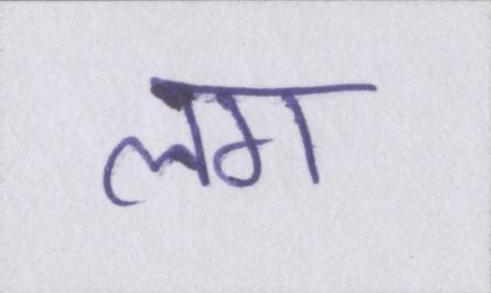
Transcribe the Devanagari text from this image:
लग